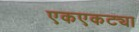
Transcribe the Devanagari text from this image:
एकएकट्या